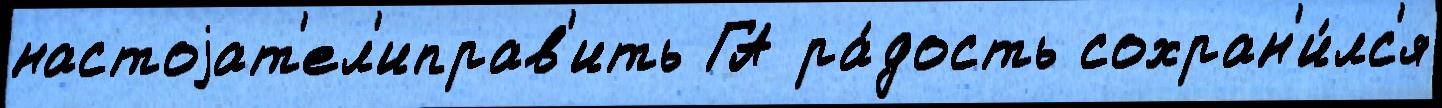
настоjат'ел'иправ'ить ГА ра́дость сохран'и́лс'я